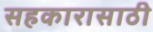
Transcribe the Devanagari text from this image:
सहकारासाठी